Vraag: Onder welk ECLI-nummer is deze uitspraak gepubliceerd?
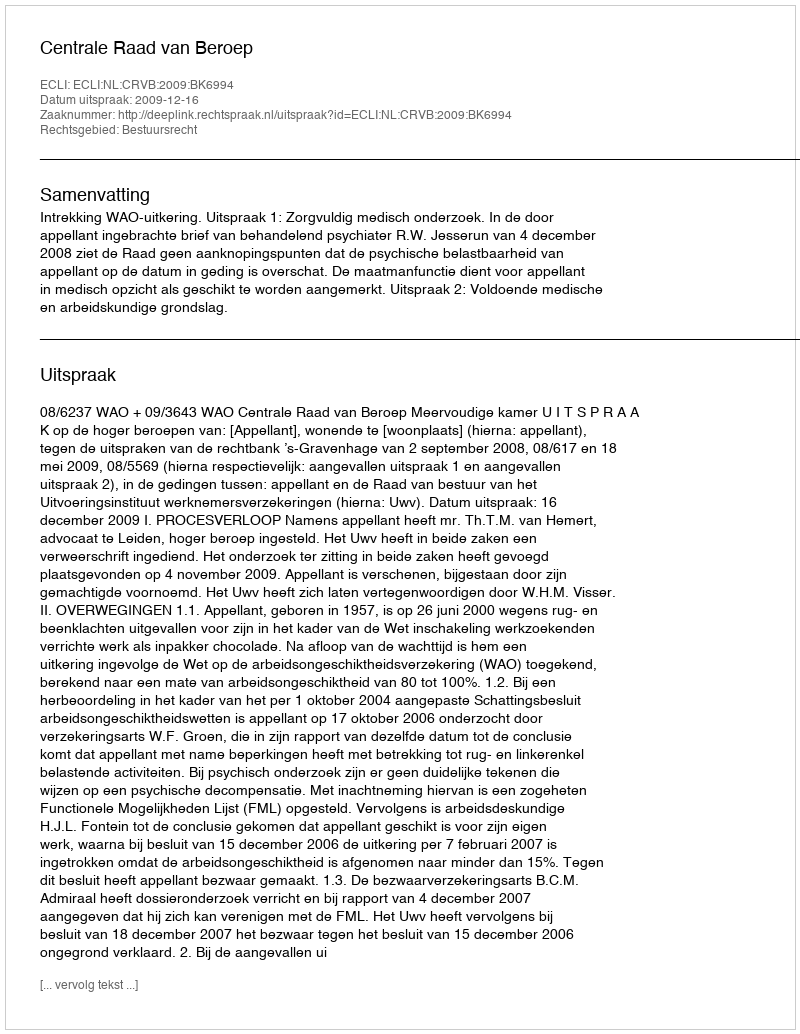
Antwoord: ECLI:NL:CRVB:2009:BK6994